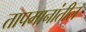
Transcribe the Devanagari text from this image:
तापमानांतील